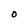
Character: 0